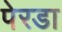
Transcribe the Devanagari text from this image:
पेरडा